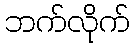
ဘက်လိုက်